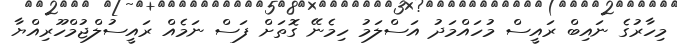
މިހާރުގެ ނައިބް ރައީސް މުހައްމަދު އަސްލަމު ހިމެނޭ ގޮތަށް ފަސް ނަމެއް ރައީސުލްޖުމްހޫރިއްޔާ